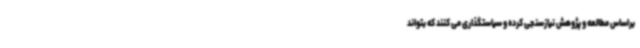
براساس مطالعه و پژوهش نیازسنجی کرده و سیاستگذاری می کنند که بتواند